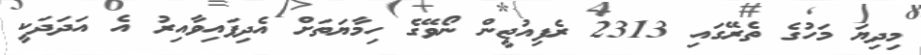
މިދިޔަ މަހުގެ ތެރޭގައި 2313 ރެފިއުޖީން ނޯވޭގެ ހިމާޔަތަށް އެދިފައިވާއިރު އެ އަދަދަކީ